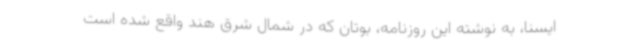
ایسنا، به نوشته این روزنامه، بوتان که در شمال شرق هند واقع شده است